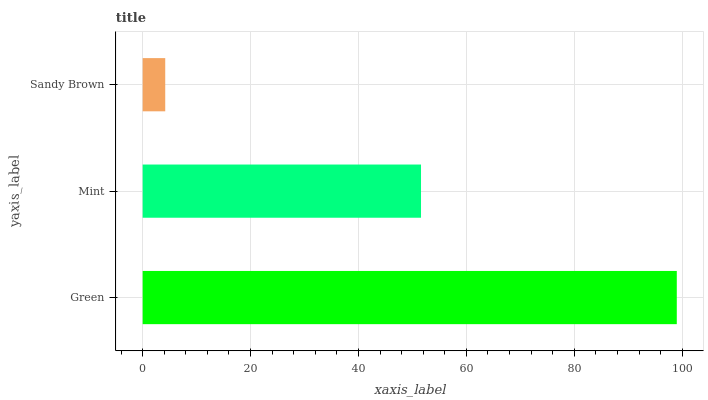
| yaxis_label | bars |
 | --- | --- |
 | Green | 99 |
 | Mint | 51.6 |
 | Sandy Brown | 4.18 |